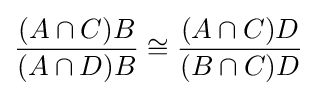
{\frac {(A\cap C)B}{(A\cap D)B}}\cong {\frac {(A\cap C)D}{(B\cap C)D}}